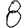
Digit: 8